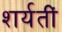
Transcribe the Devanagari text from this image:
शर्यतीं